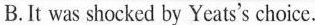
B.It was shocked by Yeats's choice.